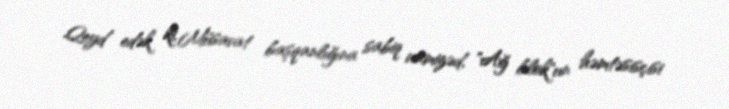
Qeyd edək ki, Müsavat başqanlığına sabiq namizəd, "Ağ blok"un həmtəsisçisi